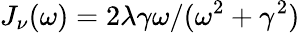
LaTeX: J_{\nu}(\omega)=2\lambda\gamma\omega/(\omega^{2}+\gamma^{2})